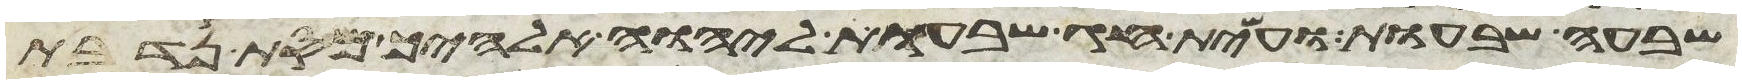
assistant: שבעה שבעות ועשית חג שבעות ליהוה אלהיך מסת נדבת